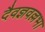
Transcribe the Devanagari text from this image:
दैवज्ञवल्लभा